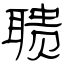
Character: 聩